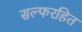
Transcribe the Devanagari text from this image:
सल्फरहित